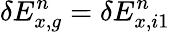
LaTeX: \delta E_{x,g}^{n}=\delta E_{x,i1}^{n}